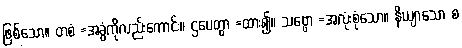
ဖြစ်သော။ တစံ =အခွံကိုလည်းကောင်း။ ဌပေတွာ =ထား၍။ သဗ္ဗော =အလုံးစုံသော။ နိယျာသော စ